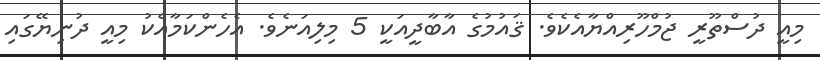
މިއީ ދުސްތޫރީ ޖުމްހޫރިއްޔާއެކެވެ. ޤައުމުގެ އާބާދީއަކީ 5 މިލިއަނެވެ. އެހެންކަމާއެކު މިއީ ދުނިޔޭގައި